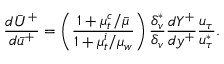
\frac { d \bar { U } ^ { + } } { d \bar { u } ^ { + } } = \left( \frac { 1 + \mu _ { t } ^ { c } / \Bar { \mu } } { 1 + \mu _ { t } ^ { i } / \mu _ { w } } \right) \frac { \delta _ { v } ^ { * } } { \delta _ { v } } \frac { d Y ^ { + } } { d y ^ { + } } \frac { u _ { \tau } } { u _ { \tau } ^ { * } } .